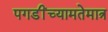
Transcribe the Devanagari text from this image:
पगडींच्यामतेमात्र